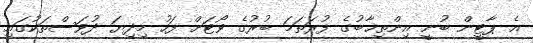
އެ ޕާޓީން ބުނީ އިންތިޚާބުގެ ފުރަތަމަ ބުރުގެ ވޯޓަށް ފަހު މިދިޔަ ދުވަސްތަކުގައި